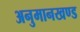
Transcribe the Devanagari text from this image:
अनुमानखण्ड